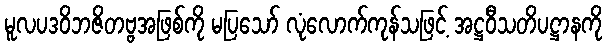
မူလပဒဝိဘဇိတဗ္ဗအဖြစ်ကို မပြသော် လုံလောက်ကုန်သဖြင့် အဋ္ဌဝီသတိပဋ္ဌာနကို